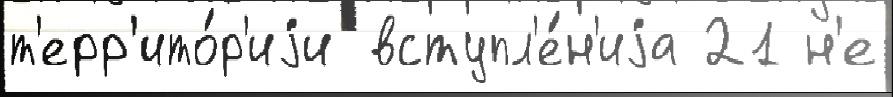
т'ерр'ито́р'иjи вступл'е́н'иjа 21 н'е